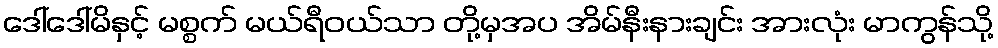
ဒေါ်ဒေါ်မိနှင့် မစ္စက် မယ်ရီဝယ်သာ တို့မှအပ အိမ်နီးနားချင်း အားလုံး မာကွန်သို့